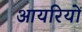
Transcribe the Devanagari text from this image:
आयरियों